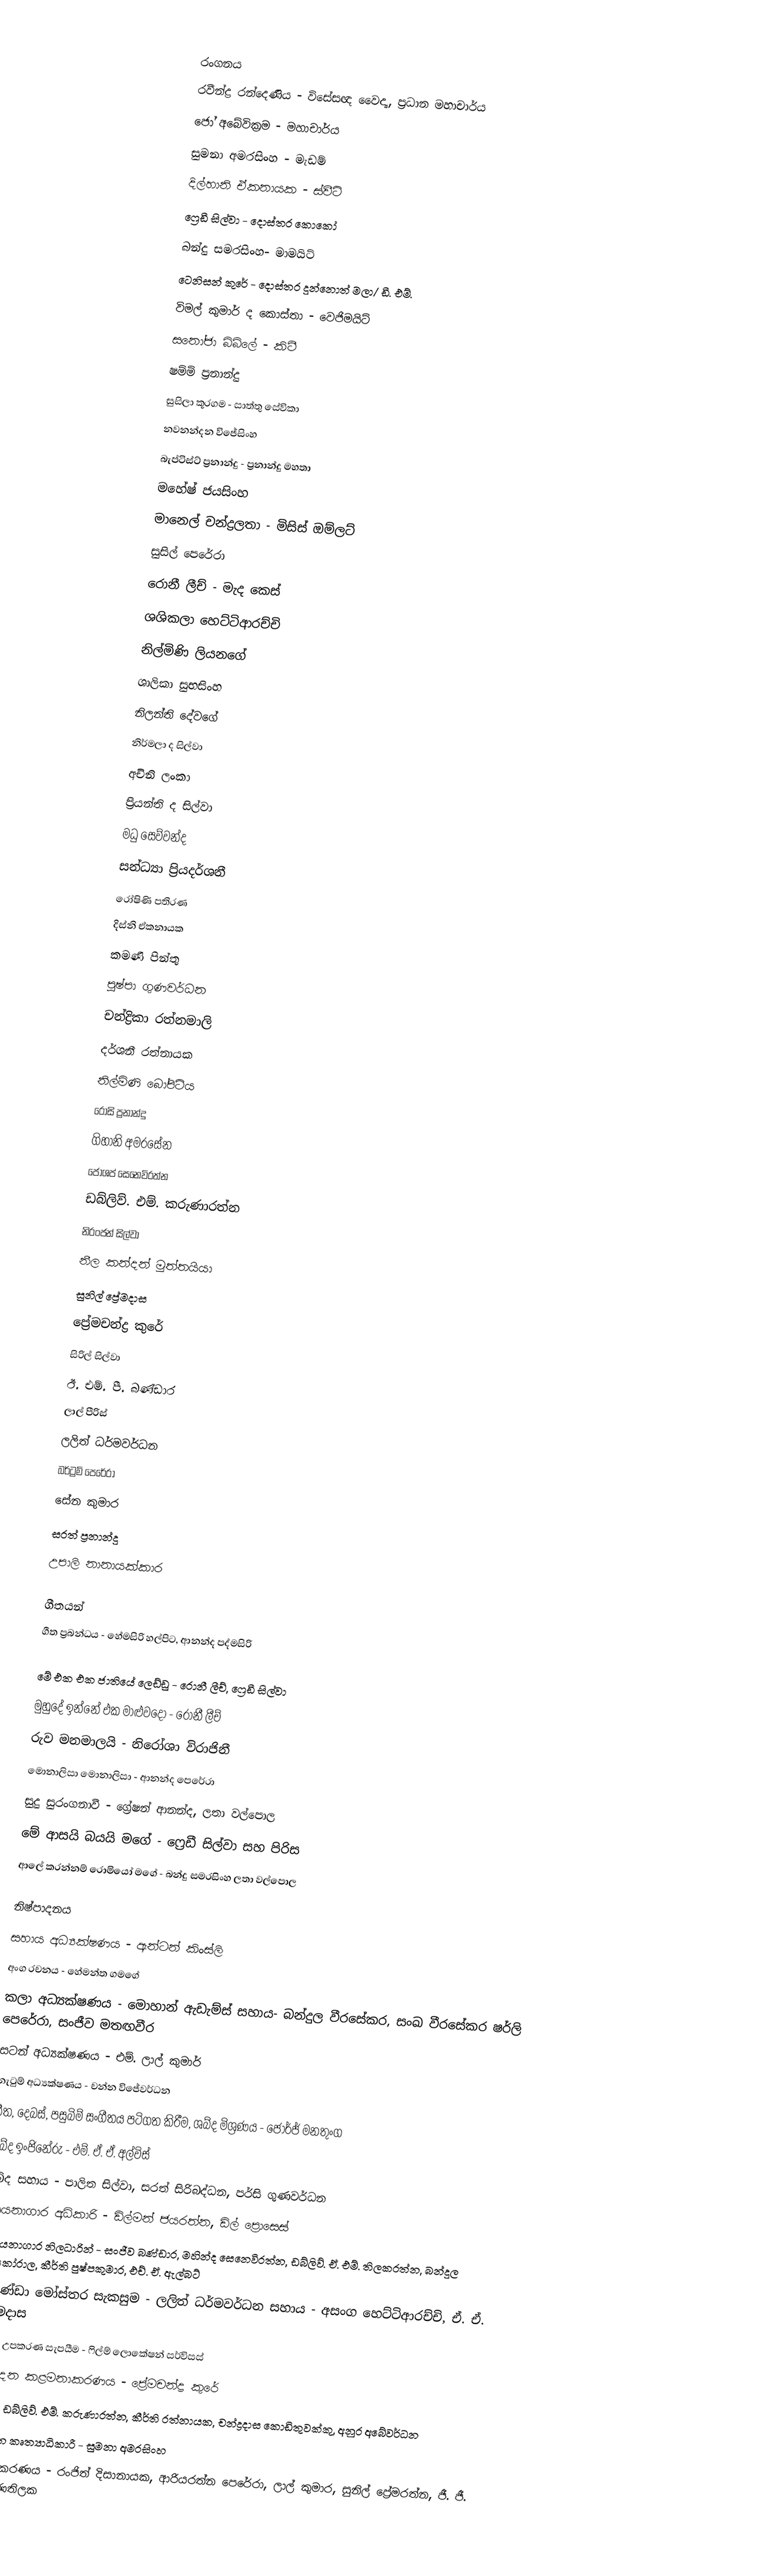

රංගනය
රවීන්ද්‍ර රන්දෙණිය - විසේසඥ වෛද්‍ය, ප්‍රධාන මහාචාර්ය
ජෝ අබේවික්‍රම - මහාචාර්ය
සුමනා අමරසිංහ - මැඩම්
දිල්හානි ඒකනායක - ස්වීටි
ෆ්‍රෙඩී සිල්වා - දොස්තර කොකෝ
බන්දු සමරසිංහ- මාමයිට්
ටෙනිසන් කුරේ - දොස්තර දුන්නොත් මලා/ ඩී. එම්.
විමල් කුමාර් ද කොස්තා - වෙජිමයිට්
සනෝජා බිබිලේ - කිටී
ෂම්මි ප්‍රනාන්දු
සුසිලා කූරගම - සාත්තු සේවිකා
නවනන්දන විජේසිංහ
බැප්ටිස්ට් ප්‍රනාන්දු - ප්‍රනාන්දු මහතා
මහේෂ් ජයසිංහ
මානෙල් චන්ද්‍රලතා - මිසිස් ඔම්ලට්
සුසිල් පෙරේරා
රොනී ලීච් - මැද කෙස්
ශශිකලා හෙට්ටිආරච්චි
නිල්මිණි ලියනගේ
ශාලිකා සුභසිංහ
නිලන්ති දේවගේ
නිර්මලා ද සිල්වා
අචිනි ලංකා
ප්‍රියන්ති ද සිල්වා
මධු සෙව්වන්ද
සන්ධ්‍යා ප්‍රියදර්ශනී
රෝෂිණි පතිරණ
දිස්නි ඒකනායක
කමණි පින්තු
පුෂ්පා ගුණවර්ධන
චන්ද්‍රිකා රත්නමාලි
දර්ශනී රත්නායක
නිල්මිණි බෝපිටිය
රෝසි ප්‍රනාන්දු
ගිහානි අමරසේන
ජෝශප් සෙනෙවිරත්න
ඩබ්ලිව්. එම්. කරුණාරත්න
නිරංජන් සිල්වා
නීල කන්දන් මුත්තයියා
සුනිල් ප්‍රේමදාස
ප්‍රේමචන්ද්‍ර කුරේ
සිරිල් සිල්වා
ඊ. එම්. පී. බණ්ඩාර
ලාල් පීරිස්
ලලිත් ධර්මවර්ධන
බර්ට්‍රම් පෙරේරා
සේන කුමාර
සරත් ප්‍රනාන්දු
උපාලි නානායක්කාර

ගීතයන්
ගීත ප්‍රබන්ධය - හේමසිරි හල්පිට, ආනන්ද පද්මසිරි

මේ එක එක ජාතියේ ලෙඩ්ඩු - රොනී ලීච්, ෆ්‍රෙඩී සිල්වා
මුහුදේ ඉන්නේ එක මාළුවදෝ - රොනී ලීච්
රුව මනමාලයි - නිරෝශා විරාජිනී
මොනාලිසා මොනාලිසා - ආනන්ද පෙරේරා
සුදු සුරංගනාවී - ග්‍රේෂන් ආනන්ද, ලතා වල්පොල
මේ ආසයි බයයි මගේ - ෆ්‍රෙඩී සිල්වා සහ පිරිස
ආලේ කරන්නම් රොමියෝ මගේ - බන්දු සමරසිංහ ලතා වල්පොල

නිෂ්පාදනය
සහාය අධ්‍යක්ෂණය - ඇන්ටන් කිංස්ලි
අංග රචනය - හේමන්ත ගමගේ
කලා අධ්‍යක්ෂණය - මොහාන් ඇඩැම්ස් සහාය- බන්දුල වීරසේකර, සංඛ වීරසේකර ෂර්ලි පෙරේරා, සංජීව මතඟවීර
සටන් අධ්‍යක්ෂණය - එම්. ලාල් කුමාර්
නැටුම් අධ්‍යක්ෂණය - චන්න විජේවර්ධන
ගීත, දෙබස්, පසුබිම් සංගීතය පටිගත කිරීම, ශබ්ද මිශ්‍රණය - ජෝර්ජ් මනතුංග
ශබ්ද ඉංජිනේරු - එම්. ඒ. ඒ. අල්විස්
ශබ්ද සහාය - පාලිත සිල්වා, සරත් සිරිබද්ධන, පර්සි ගුණවර්ධන
රසයනාගාර අධිකාරි - ඩිල්මන් ජයරත්න, ඩිල් ප්‍රොසෙස්
රසායනාගාර නිලධාරින් - සංජීව බණ්ඩාර, මහින්ද සෙනෙවිරත්න, ඩබ්ලිව්. ඒ. එම්. තිලකරත්න, බන්දුල අතුකෝරාල, කීර්ති පුෂ්පකුමාර, එච්. ඒ. ඇල්බට්
කොණ්ඩා මෝස්තර සැකසුම - ලලිත් ධර්මවර්ධන සහාය - අසංග හෙට්ටිආරච්චි, ඒ. ඒ. සෝමදාස
කැමරා උපකරණ සැපයීම - ෆිල්ම් ලොකේෂන් සර්විසස්
නිෂ්පාදන කළමනාකරණය - ප්‍රේමචන්ද්‍ර කුරේ
සහාය- ඩබ්ලිව්. එම්. කරුණාරත්න, කීර්ති රත්නායක, චන්ද්‍රදාස කොඩිතුවක්කු, අනුර අබේවර්ධන
නිෂ්පාදන කෘත්‍යාධිකාරී - සුමනා අමරසිංහ
ආලෝකකරණය - රංජිත් දිසානායක, ආරියරත්න පෙරේරා, ලාල් කුමාර, සුනිල් ප්‍රේමරත්න, ජී. ජී. ඇස්. ගුණතිලක